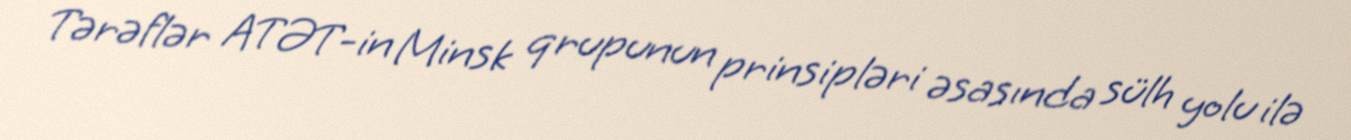
Tərəflər ATƏT-in Minsk qrupunun prinsipləri əsasında sülh yolu ilə